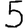
Digit: 5